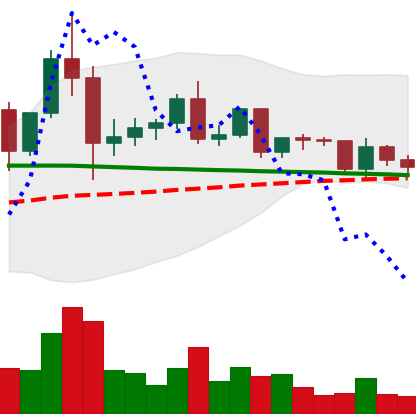
Ticker: ETC-USD
Chart end date: 2020-12-11
Forward return: 10.945%
Label: up_7plus